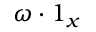
\boldsymbol { \omega } \boldsymbol { \cdot } \boldsymbol { 1 } _ { x }